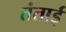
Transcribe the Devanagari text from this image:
तंताई